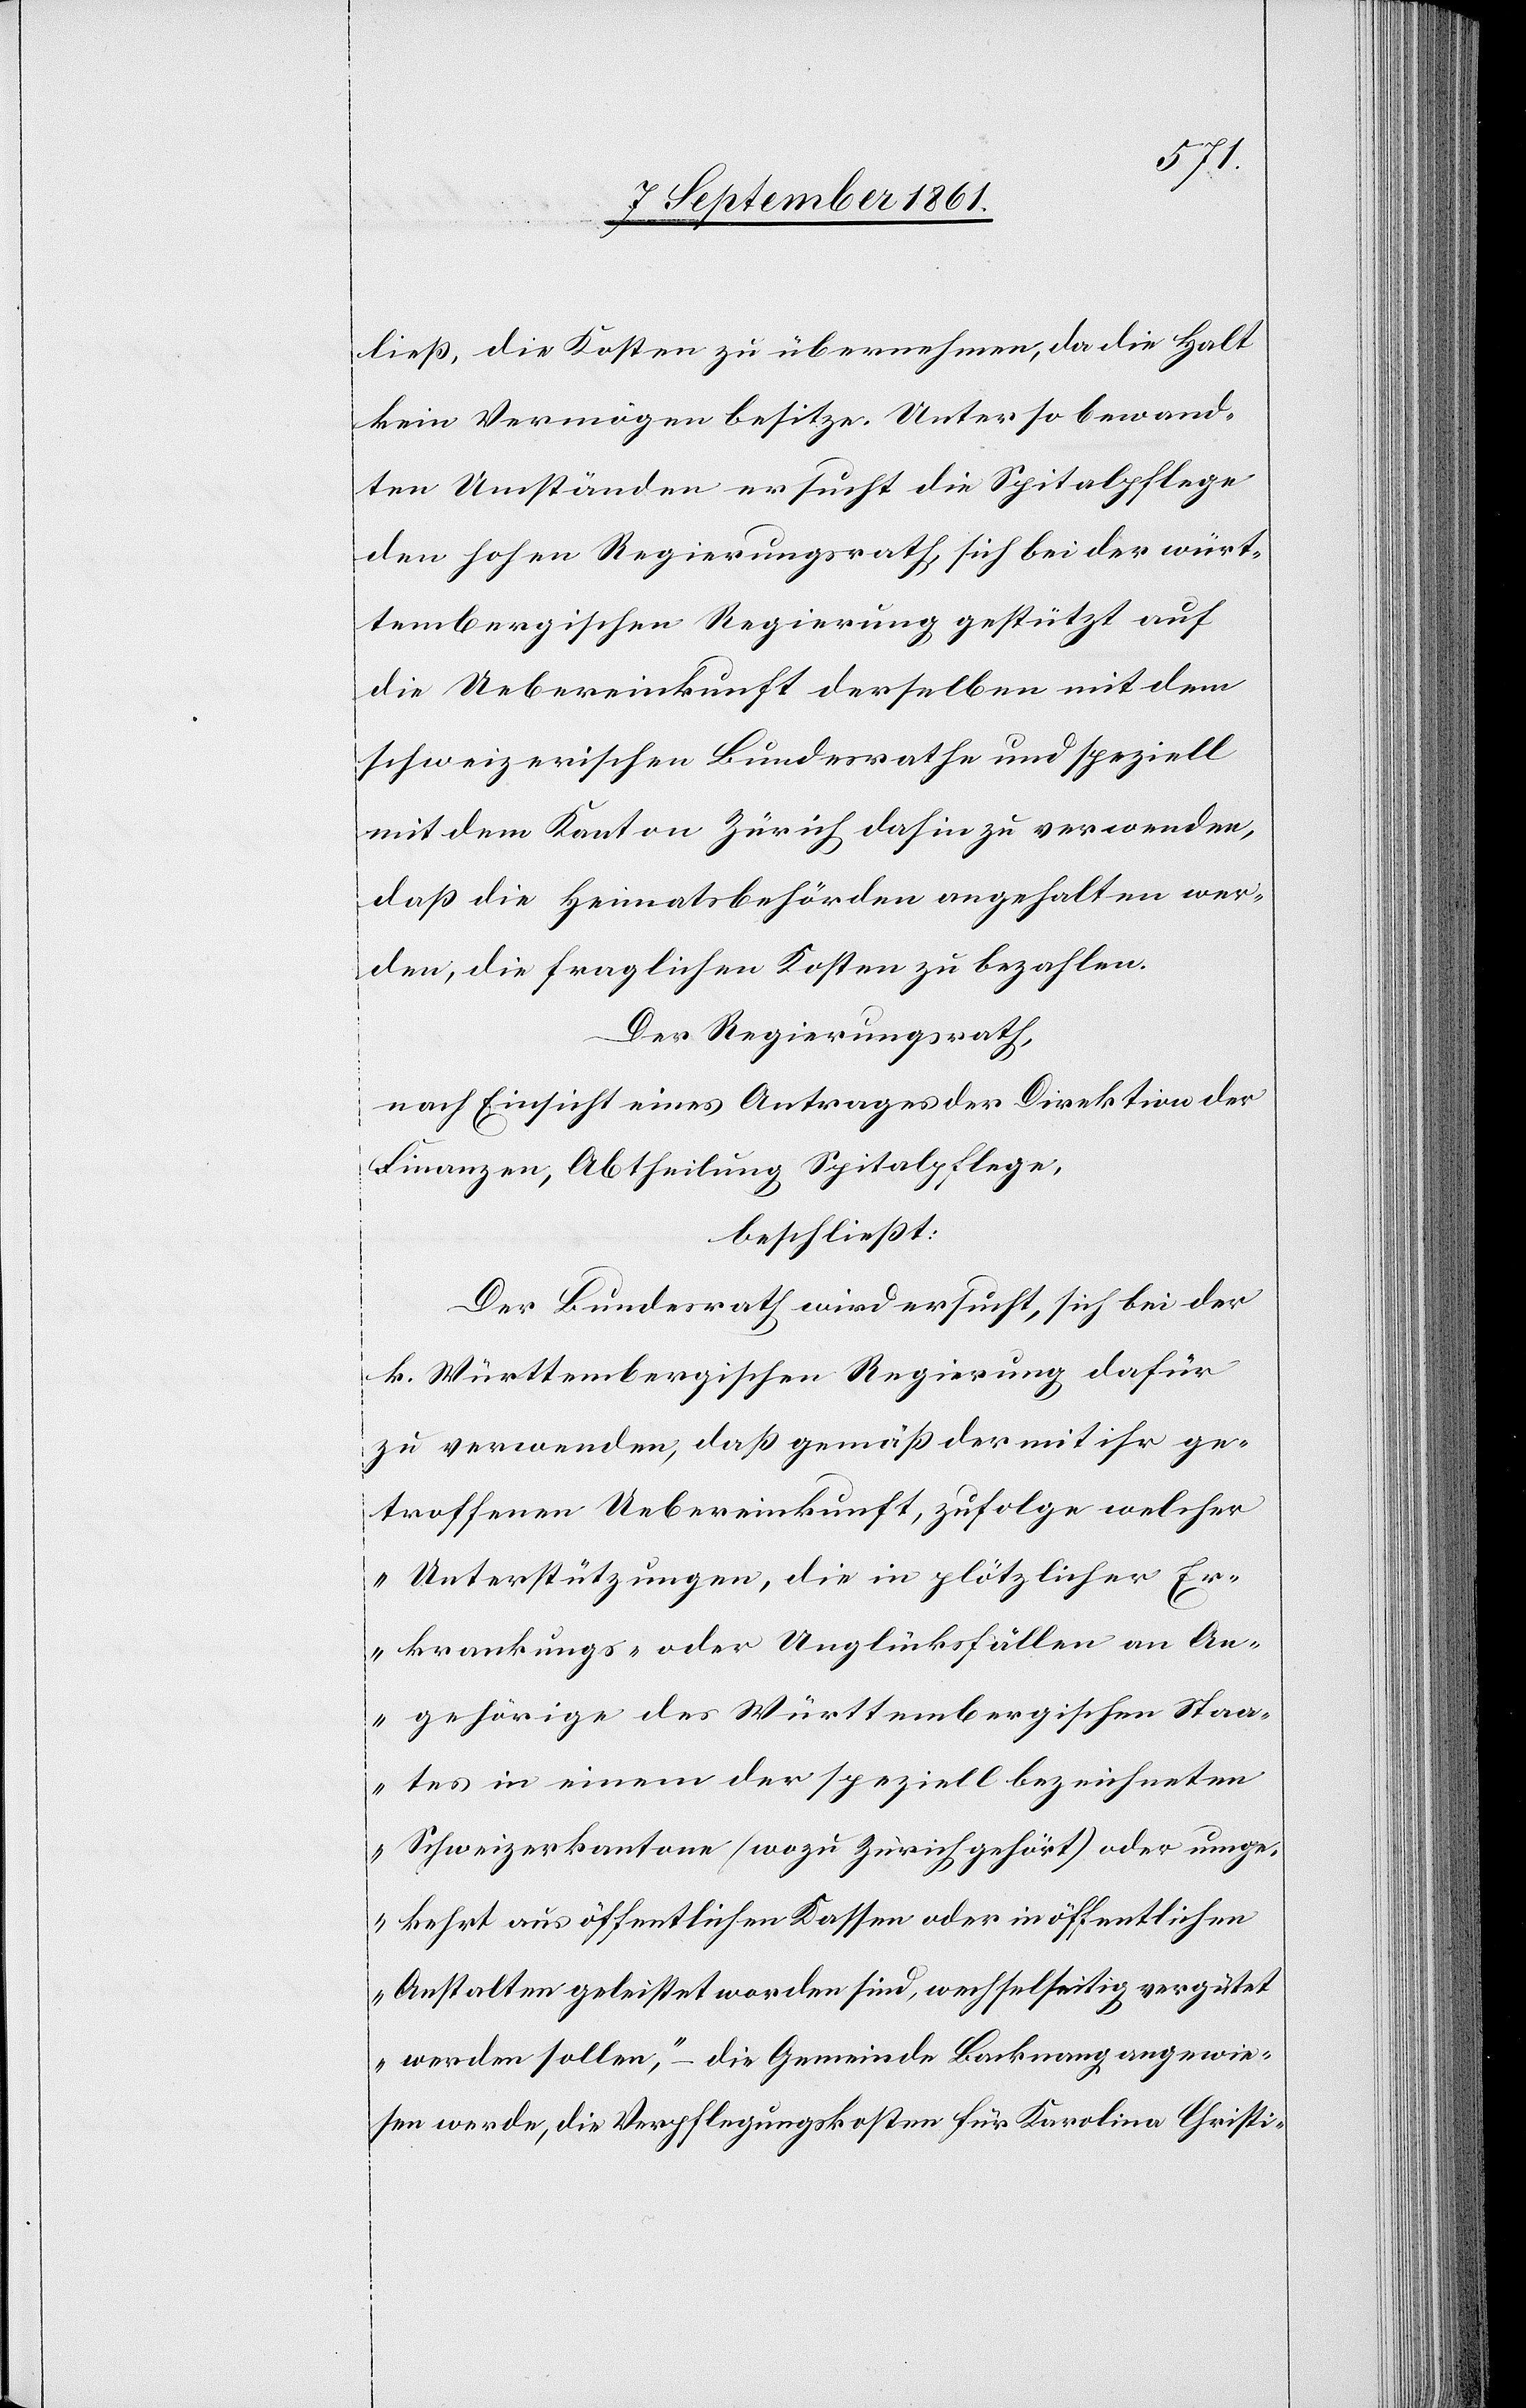
ließ, die Kosten zu übernehmen, da die Halt
kein Vermögen besitze. Unter so bewand¬
ten Umständen ersucht die Spitalpflege
den hohen Regierungsrath sich bei der würt¬
tembergischen Regierung gestützt auf
die Uebereinkunft derselben mit dem
schweizerischen Bundesrathe und speziell
mit dem Kanton Zürich dahin zu verwenden,
daß die Heimatsbehörden angehalten wer¬
den, die fraglichen Kosten zu bezahlen.
Der Regierungsrath,
nach Einsicht eines Antrages der Direktion der
Finanzen, Abtheilung Spitalpflege,
beschließt:
Der Bundesrath wird ersucht, sich bei der
k. Württembergischen Regierung dafür
zu verwenden, daß gemäß der mit ihr ge¬
troffenen Uebereinkunft, zufolge welcher
„Unterstützungen, die in plötzlicher Er¬
krankungs- oder Unglücksfällen an An¬
gehörige des Württembergischen Staa¬
tes in einem der speziell bezeichneten
Schweizerkantone (wozu Zürich gehört) oder umge¬
kehrt aus öffentlichen Kassen oder in öffentlichen
Anstalten geleistet worden sind, wechselseitig vergütet
werden sollen,“ – die Gemeinde Backnang angewie¬
sen werde, die Verpflegungskosten für Karolina Christi-